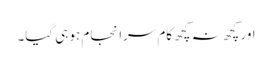
اور کچھ نہ کچھ کام سرانجام ہو ہی گیا۔